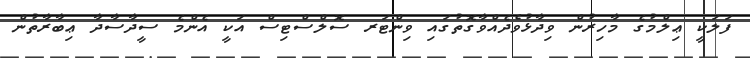
ފަލަކީ ޢިލްމުގެ މާހިރުން ވިދާޅުވެދެއްވާގޮތުގައި ވިންޓަރ ސޮލްސްޓިސް އަކީ އެންމެ ސީދާސާދާ ޢިބާރާތުން